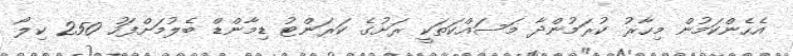
އެހެންކަމުން މިހާރު ކުރަމުންދާ މަސައްކަތަކީ ރަށުގެ ކަރަންޓު ޑިމާންޑް ބެލުމަށްފަހު 250 ކިލޯ